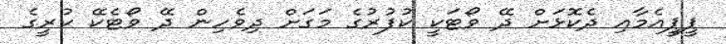
ޕީޕީއެމާއި ދެކޮޅަށް ދޭ ވޯޓަކީ ކުފުރުގެ މަގަށް ދިވެހިން ދޭ ވޯޓެކޭ ކުރީގެ